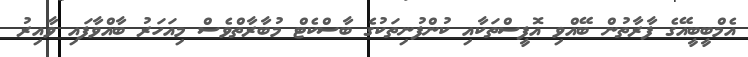
އެމްބީބީއޭގެ ފާރާތުން ބޭއްވި އޮފީސްތަކާއި ކުންފުނިތަކުގެ ބާސްކެޓް މުބާރާތްވެސް މިއަހަރު ބާއްވާފައި ވާއިރު